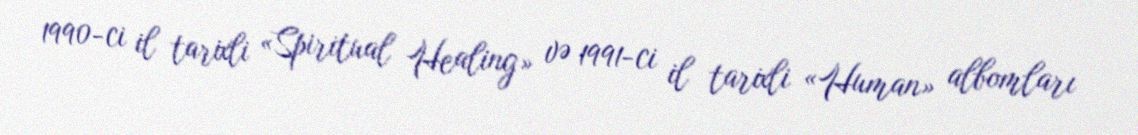
1990-ci il tarixli «Spiritual Healing» və 1991-ci il tarixli «Human» albomları